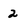
Character: 2